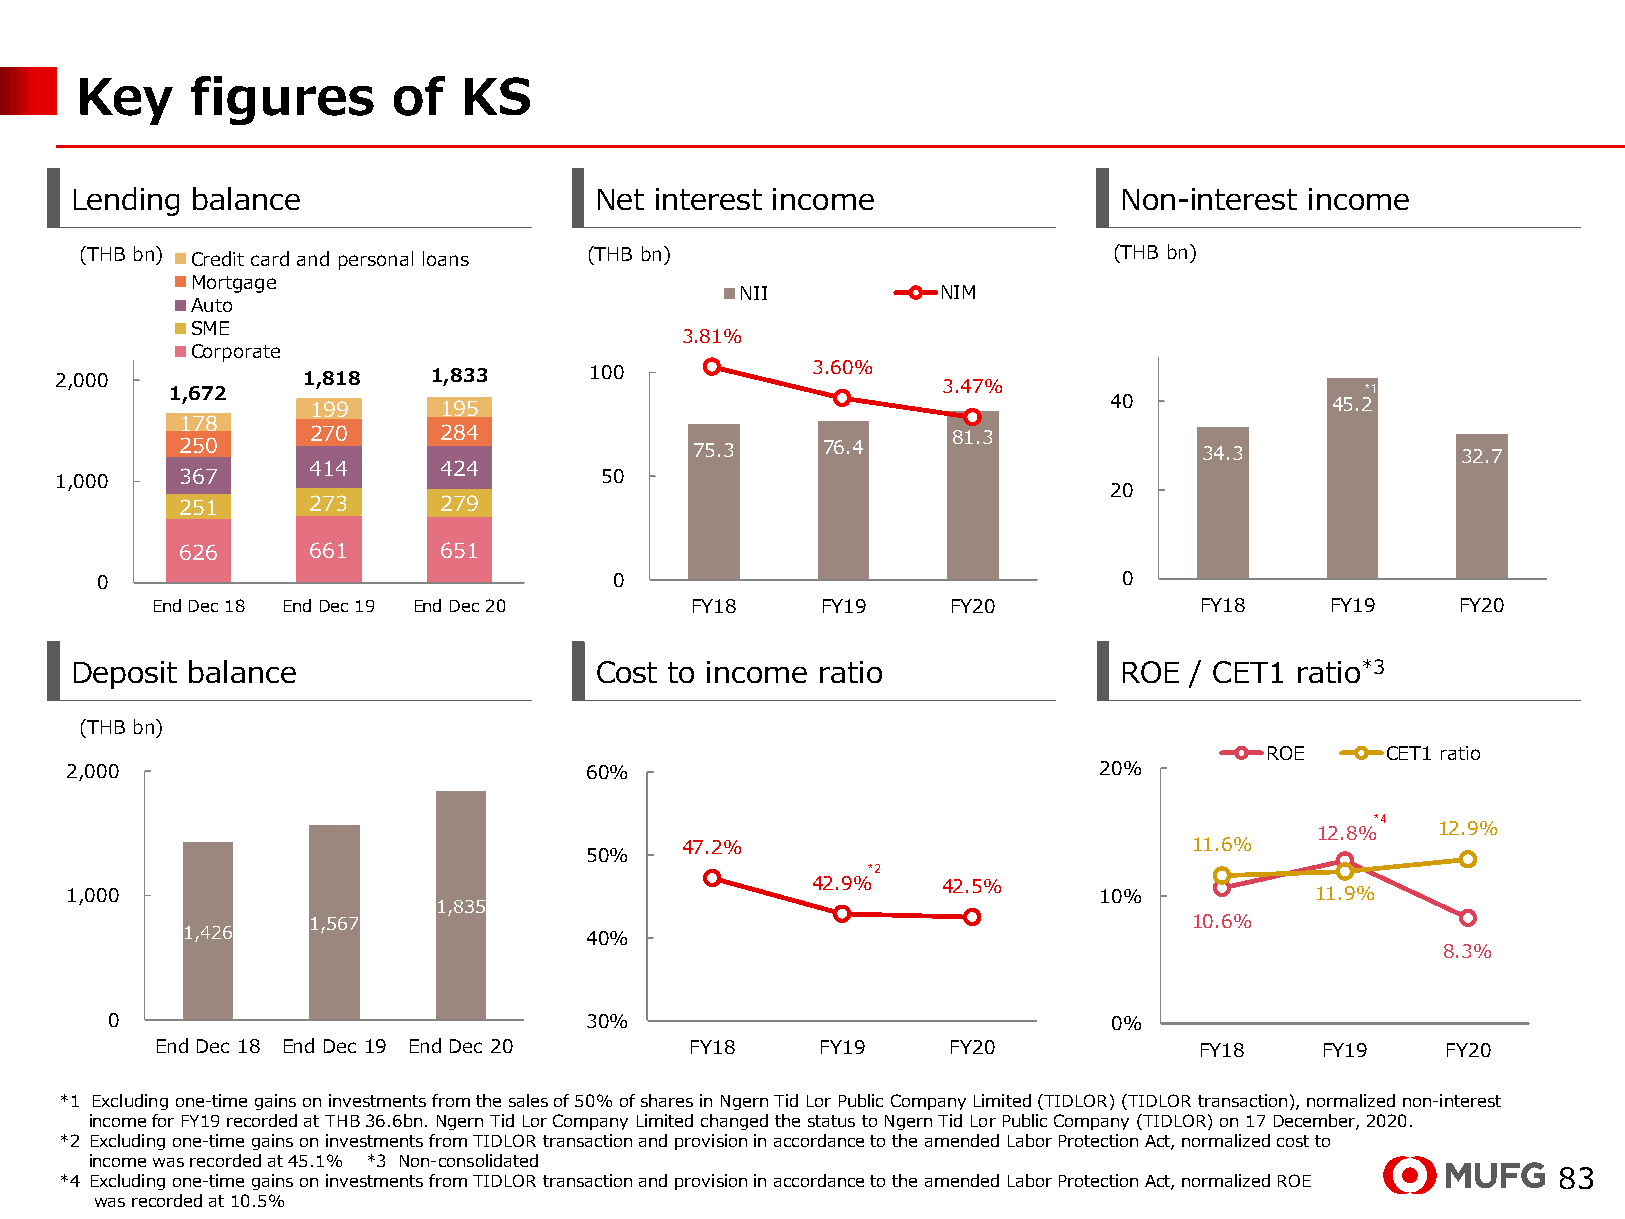
Key     figures      of  KS
 Lending balance                   Net interest income                Non-interest income
 (THB bn) Credit card and personal loans (THB bn)                     (THB bn)
 Mortgage
 NII          NIM
 Auto
 SME
 3.81%
 Corporate
 2,000           1,818    1,833     100            3.60%
 1,672                                              3.47%                       *1
 199      195                                         40             45.2
 178
 270      284                               81.3
 250                               75.3    76.4                      34.3             32.7
 414      424
 1,000   367                         50
 20
 251     273      279
 626     661      651
 0                                  0                                0
 End Dec 18 End Dec 19 End Dec 20    FY18    FY19     FY20            FY18     FY19     FY20
 Deposit balance                   Cost to income ratio               ROE  / CET1 ratio*3
 (THB bn)
 ROE     CET1 ratio
 2,000                              60%                               20%
 *4
 12.8%   12.9%
 47.2%                             11.6%
 50%
 *2
 42.9%   42.5%
 1,000                                                                10%           11.9%
 1,835
 1,567                                                      10.6%
 1,426                      40%
 8.3%
 0                               30%                                0%
 End Dec 18 End Dec 19 End Dec 20    FY18    FY19     FY20            FY18     FY19    FY20
 *1 Excluding one-time gains on investments from the sales of 50% of shares in NgernTidLorPublic Company Limited (TIDLOR) (TIDLOR transaction), normalized non-interest
 income for FY19 recorded at THB 36.6bn. NgernTidLorCompany Limited changed the status to NgernTidLorPublic Company (TIDLOR) on 17 December, 2020.
 *2 Excluding one-time gains on investments from TIDLOR transaction and provision in accordance to the amended Labor Protection Act, normalized cost to
 income was recorded at 45.1% *3 Non-consolidated
 *4 Excluding one-time gains on investments from TIDLOR transaction and provision in accordance to the amended Labor Protection Act, normalized ROE 83
 was recorded at 10.5%